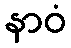
နာဝံ